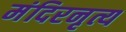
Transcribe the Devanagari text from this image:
मंदिरनृत्य